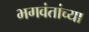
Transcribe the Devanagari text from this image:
भगवंतांच्या